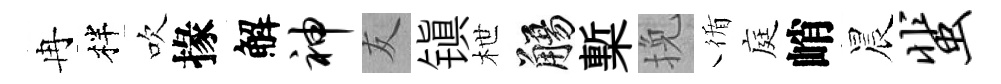
冉柈吹掾解神友镇枻觴槧挽循庭峭晨蜚